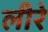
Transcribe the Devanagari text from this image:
लीरे